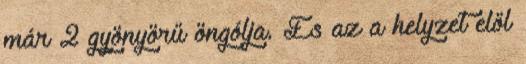
már 2 gyönyörű öngólja. És az a helyzet elől